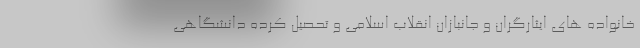
خانواده های ایثارگران و جانبازان انقلاب اسلامی و تحصیل کرده دانشگاهی